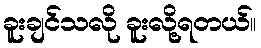
ခူးချင်သလို ခူးလို့ရတယ်။